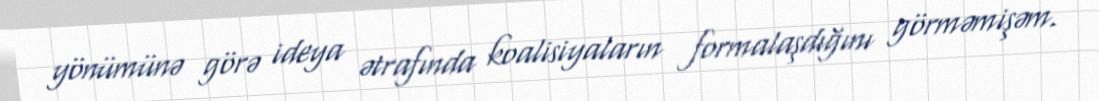
yönümünə görə ideya ətrafında koalisiyaların formalaşdığını görməmişəm.